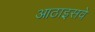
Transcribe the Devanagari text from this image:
आठाइसवें